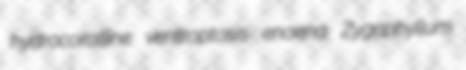
hydrocoralline ventroptosis enaena Zygophyllum